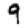
Digit: 9